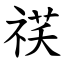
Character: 䄏